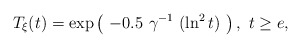
\begin{align*} T_{\xi}(t) = \exp \left( \ - 0.5 \ \gamma^{-1} \ (\ln^2 t) \ \right), \ t \ge e,\end{align*}